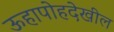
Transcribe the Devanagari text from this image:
ऊहापोहदेखील